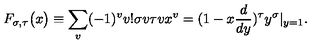
F _ { \sigma , \tau } \big ( x \big ) \equiv \sum _ { v } ( - 1 ) ^ { v } v ! { \binom { \sigma } { v } } { \binom { \tau } { v } } x ^ { v } = ( 1 - x { \frac { d } { d y } } ) ^ { \tau } y ^ { \sigma } | _ { y = 1 } .